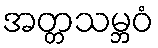
အတ္တသမ္ဘဝံ